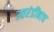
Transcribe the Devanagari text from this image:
उतरंडींनाच